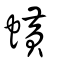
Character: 蟥